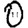
Digit: 0